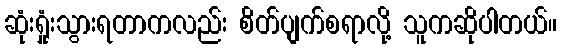
ဆုံးရှုံးသွားရတာကလည်း စိတ်ပျက်စရာလို့ သူကဆိုပါတယ်။